Calcutta medical institutions reports 1892-1900
Year: 1892
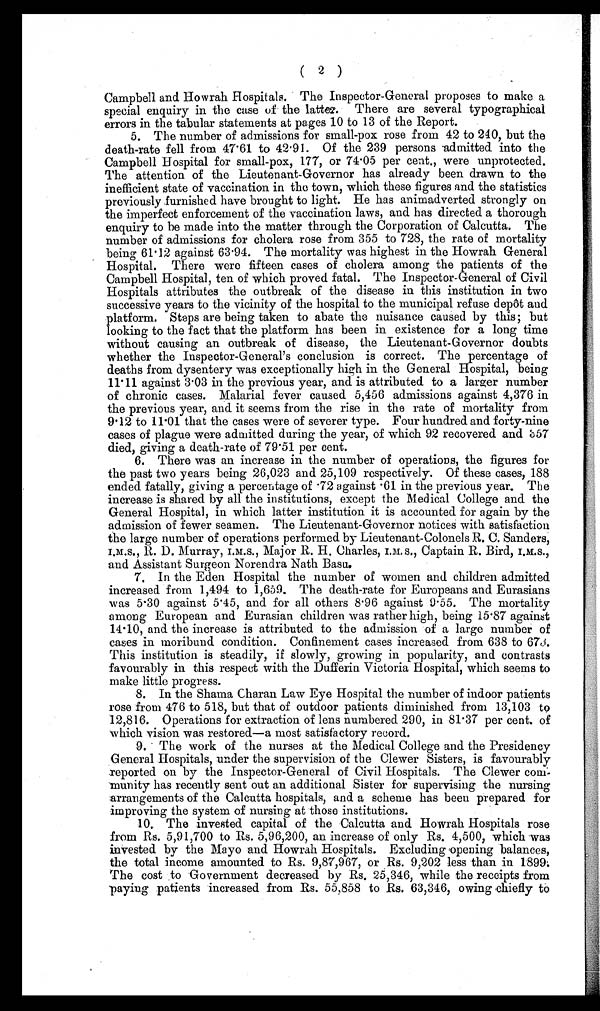
2 )
Campbell and Howrah Hospitals. The Inspector-General proposes to make a
special enquiry in the case of the latter. There are several typographical
errors in the tabular statements at pages 10 to 13 of the Report.
5. The number of admissions for small-pox rose from 42 to 240, but the
death-rate fell from 47.61 to 42.91. Of the 239 persons admitted into the
Campbell Hospital for small-pox, 177, or 74.05 per cent., were unprotected.
The attention of the Lieutenant-Governor has already been drawn to the
inefficient state of vaccination in the town, which these figures and the statistics
previously furnished have brought to light. He has animadverted strongly on
the imperfect enforcement of the vaccination laws, and has directed a thorough
enquiry to be made into the matter through the Corporation of Calcutta. The
number of admissions for cholera rose from 355 to 728, the rate of mortality
being 61.12 against 63.94. The mortality was highest in the Howrah General
Hospital. There were fifteen cases of cholera among the patients of the
Campbell Hospital, ten of which proved fatal. The Inspector-General of Civil
Hospitals attributes the outbreak of the disease in this institution in two
successive years to the vicinity of the hospital to the municipal refuse depôt and
platform. Steps are being taken to abate the nuisance caused by this; but
looking to the fact that the platform has been in existence for a long time
without causing an outbreak of disease, the Lieutenant-Governor doubts
whether the Inspector-General's conclusion is correct. The percentage of
deaths from dysentery was exceptionally high in the General Hospital, being
11.11 against 3.03 in the previous year, and is attributed to a larger number
of chronic cases. Malarial fever caused 5,456 admissions against 4,376 in
the previous year, and it seems from the rise in the rate of mortality from
9.12 to 11.01 that the cases were of severer type. Four hundred and forty-nine
cases of plague were admitted during the year, of which 92 recovered and 357
died, giving a death-rate of 79.51 per cent.
6. There was an increase in the number of operations, the figures for
the past two years being 26,023 and 25,109 respectively. Of these cases, 188
ended fatally, giving a percentage of .72 against .61 in the previous year. The
increase is shared by all the institutions, except the Medical College and the
General Hospital, in which latter institution it is accounted for again by the
admission of fewer seamen. The Lieutenant-Governor notices with satisfaction
the large number of operations performed by Lieutenant-Colonels R. C. Sanders,
I.M.S., R. D. Murray, I.M.S., Major R. H. Charles, I.M.S., Captain R. Bird, I.M.S.,
and Assistant Surgeon Norendra Nath Basu.
7. In the Eden Hospital the number of women and children admitted
increased from 1,494 to 1,659. The death-rate for Europeans and Eurasians
was 5.30 against 5.45, and for all others 8.96 against 9.55. The mortality
among European and Eurasian children was rather high, being 15.87 against
14.10, and the increase is attributed to the admission of a large number of
cases in moribund condition. Confinement cases increased from 638 to 673.
This institution is steadily, if slowly, growing in popularity, and contrasts
favourably in this respect with the Dufferin Victoria Hospital, which seems to
make little progress.
8. In the Shama Charan Law Eye Hospital the number of indoor patients
rose from 476 to 518, but that of outdoor patients diminished from 13,103 to
12,816. Operations for extraction of lens numbered 290, in 81.37 per cent. of
which vision was restored—a most satisfactory record.
9. The work of the nurses at the Medical College and the Presidency
General Hospitals, under the supervision of the Clewer Sisters, is favourably
reported on by the Inspector-General of Civil Hospitals. The Clewer com
-munity has recently sent out an additional Sister for supervising the nursing
arrangements of the Calcutta hospitals, and a scheme has been prepared for
improving the system of nursing at those institutions.
10. The invested capital of the Calcutta and Howrah Hospitals rose
from Rs. 5,91,700 to Rs. 5,96,200, an increase of only Rs. 4,500, which was
invested by the Mayo and Howrah Hospitals. Excluding opening balances,
the total income amounted to Rs. 9,87,967, or Rs. 9,202 less than in 1899.
The cost to Government decreased by Rs. 25,346, while the receipts from
paying patients increased from Rs. 55,858 to Rs. 63,346, owing chiefly to